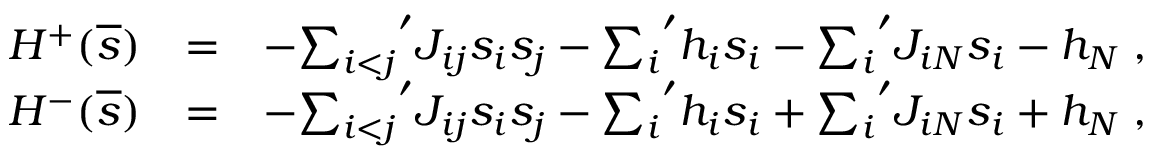
\begin{array} { r l r } { { \cal H } ^ { + } ( \overline { { s } } ) } & { = } & { - { \sum _ { i < j } } ^ { \prime } J _ { i j } s _ { i } s _ { j } - { \sum _ { i } } ^ { \prime } h _ { i } s _ { i } - { \sum _ { i } } ^ { \prime } J _ { i N } s _ { i } - h _ { N } \; , } \\ { { \cal H } ^ { - } ( \overline { { s } } ) } & { = } & { - { \sum _ { i < j } } ^ { \prime } J _ { i j } s _ { i } s _ { j } - { \sum _ { i } } ^ { \prime } h _ { i } s _ { i } + { \sum _ { i } } ^ { \prime } J _ { i N } s _ { i } + h _ { N } \; , } \end{array}